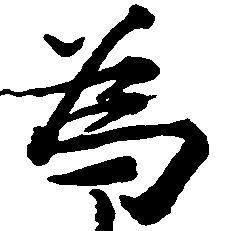
為